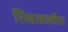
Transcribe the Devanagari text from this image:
शिक्षावल्लीत